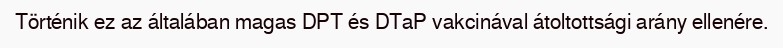
Történik ez az általában magas DPT és DTaP vakcinával átoltottsági arány ellenére.